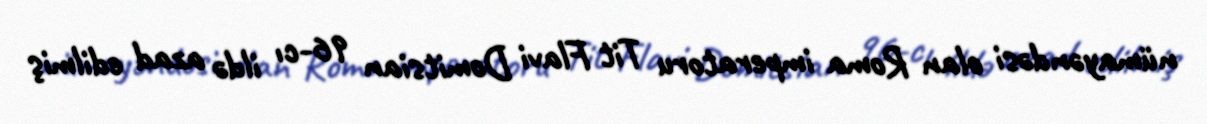
nümayəndəsi olan Roma imperatoru Tit Flavi Domitsian 96-cı ildə azad edilmiş